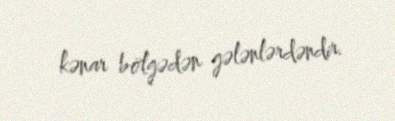
kənar bölgədən gələnlərdəndir.